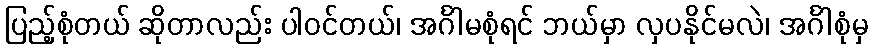
ပြည့်စုံတယ် ဆိုတာလည်း ပါဝင်တယ်၊ အင်္ဂါမစုံရင် ဘယ်မှာ လှပနိုင်မလဲ၊ အင်္ဂါစုံမှ